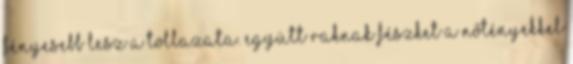
fényesebb lesz a tollazata. Együtt raknak fészket a nőtényekkel